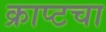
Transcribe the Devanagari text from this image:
क्राप्टचा